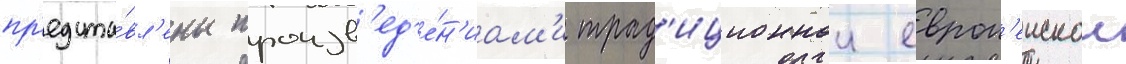
пр'едста́вл'ены произв'ед'е́н'иам'и трад'иционнои европ'еискои